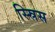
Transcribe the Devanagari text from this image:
स्स्रिस